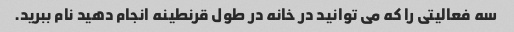
سه فعالیتی را که می توانید در خانه در طول قرنطینه انجام دهید نام ببرید.